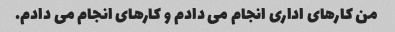
من کارهای اداری انجام می دادم و کارهای انجام می دادم.